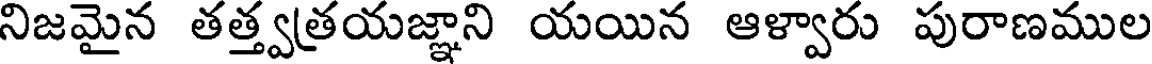
నిజమైన తత్త్వత్రయజ్ఞాని యయిన ఆళ్వారు పురాణముల